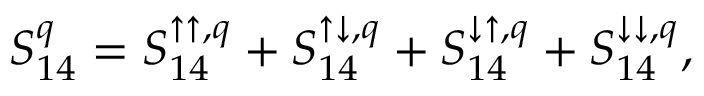
{ S _ { 1 4 } ^ { q } = S _ { 1 4 } ^ { \uparrow \uparrow , q } + S _ { 1 4 } ^ { \uparrow \downarrow , q } + S _ { 1 4 } ^ { \downarrow \uparrow , q } + S _ { 1 4 } ^ { \downarrow \downarrow , q } , }